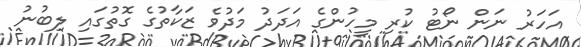
އަހަރު ނަން ނޯޓު ކުރި މީހުންގެ އަދަދު މަދުވެ ޒަކާތުގެ ގޮތުގައި ލިބުނު